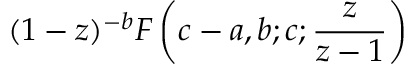
( 1 - z ) ^ { - b } F \left( c - a , b ; c ; { \frac { z } { z - 1 } } \right)